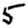
Digit: 5